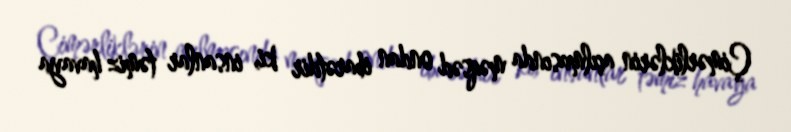
Çimərliklərin açılmasında məqsəd ondan ibarətdir ki, insanlar təmiz havaya